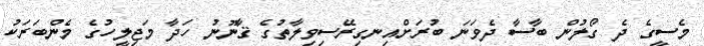
މެސީގެ ދެ ގޯލުން ބާސާ ދެވަނަ ބުރަށްއިނގިރޭސިވިލާތުގެ ޤާނޫނު ހަދާ މަޖިލީހުގެ މެންބަރަކު